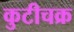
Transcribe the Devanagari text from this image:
कुटीचक्र